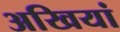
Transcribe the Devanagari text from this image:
अखियां